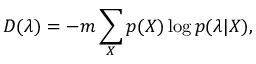
D ( \boldsymbol { \lambda } ) = - m \sum _ { X } p ( X ) \log p ( \boldsymbol { \lambda } | X ) ,